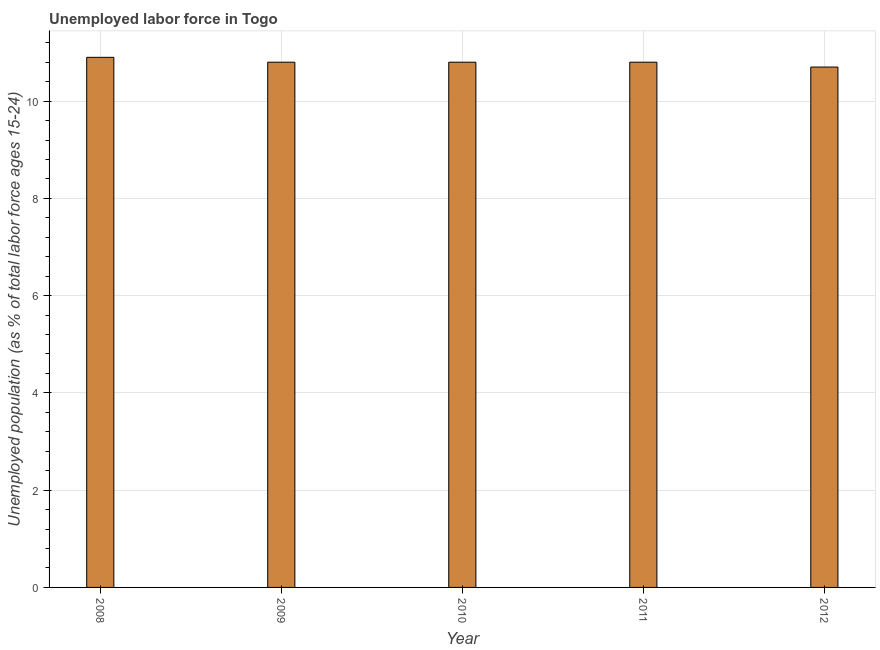
| Year | Unemployment |
 | --- | --- |
 | 2008 | 10.9 |
 | 2009 | 10.8 |
 | 2010 | 10.8 |
 | 2011 | 10.8 |
 | 2012 | 10.7 |